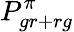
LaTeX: P_{gr+rg}^{\pi}